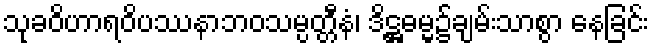
သုခဝိဟာရဝိပဿနာဘဝသမ္ပတ္တီနံ၊ ဒိဋ္ဌဓမ္မ၌ချမ်းသာစွာ နေခြင်း